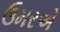
ઉમરએ